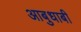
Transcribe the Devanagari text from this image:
आबुधाबी